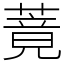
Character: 䔔